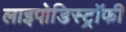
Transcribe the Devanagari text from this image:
लाइपोडिस्ट्रॉफी